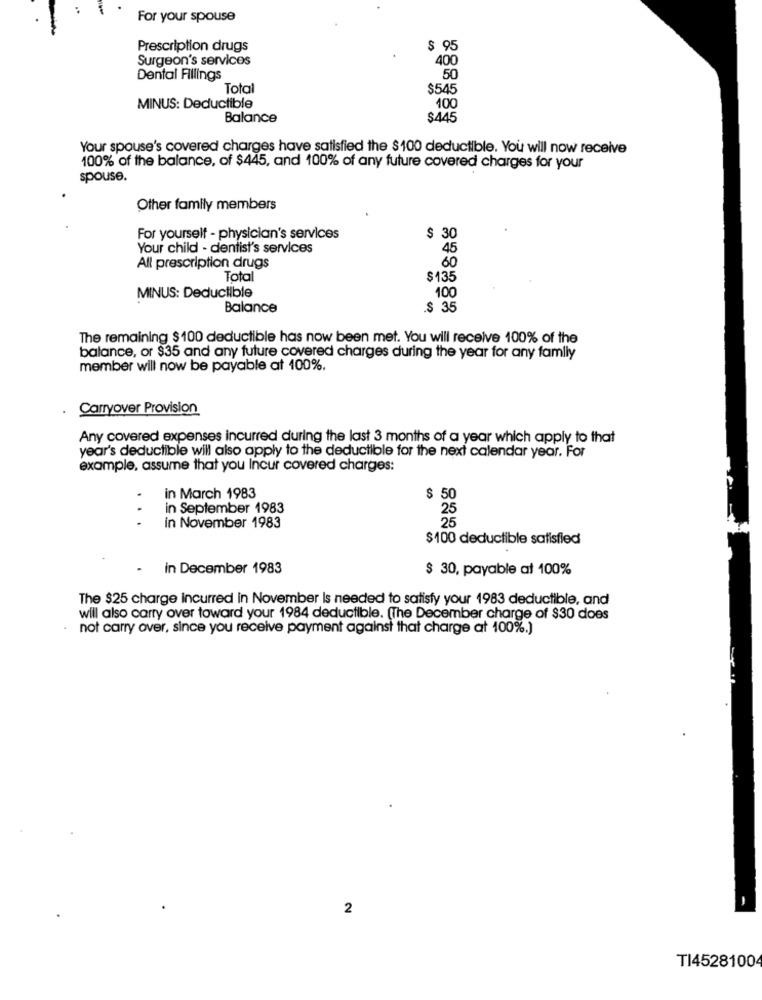
For your spouse
Prescription drugs
$ 95
Surgeon's services
400
Dental Fillings
50
Total
$545
MINUS: Deductible
100
Balance
$445
Your spouse's covered charges have satisfied the $100 deductible. You will now receive
100% of the balance, of $445, and 100% of any future covered charges for your
spouse.
Other family members
For yourself - physician's services
$ 30
Your child - dentist's services
45
All prescription drugs
60
Total
$135
MINUS: Deductible
100
Balance
.$ 35
The remaining $100 deductible has now been met. You will receive 100% of the
balance, or $35 and any future covered charges during the year for any family
member will now be payable at 100%.
Carryover Provision
Any covered expenses incurred during the last 3 months of a year which apply to that
year's deductible will also apply to the deductible for the next calendar year. For
example, assume that you Incur covered charges:
in March 1983
$ 50
in September 1983
...
in November 1983
$100 deductible satisfied
- in December 1983
$ 30, payable at 100%
The $25 charge incurred in November Is needed to satisfy your 1983 deductible, and
will also carry over toward your 1984 deductible. (The December charge of $30 does
not carry over, since you receive payment against that charge at 100%.)
2
TI4528100